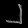
Digit: ၂